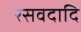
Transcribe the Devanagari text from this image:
रसवदादि